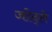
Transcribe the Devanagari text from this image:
जोद्ते